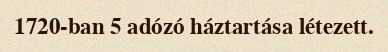
1720-ban 5 adózó háztartása létezett.